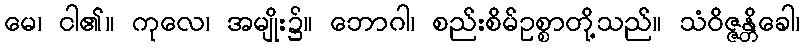
မေ၊ ငါ၏။ ကုလေ၊ အမျိုး၌။ ဘောဂါ၊ စည်းစိမ်ဥစ္စာတို့သည်။ သံဝိဇ္ဇန္တိခေါ၊